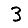
Digit: 3